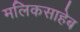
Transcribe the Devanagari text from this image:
मलिकसाहेब